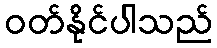
ဝတ်နိုင်ပါသည်